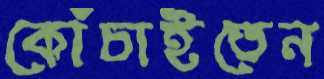
কোঁচাইতেন